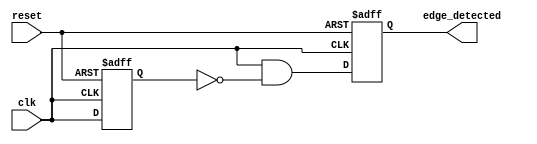
module edge_detector (
    input wire clk,          // Input signal to detect the rising edge
    input wire reset,        // Asynchronous reset signal
    output reg edge_detected  // Output signal indicating edge detection
);

    reg prev_state;          // Register to hold the previous state of the input signal

    // Asynchronous reset and edge detection logic
    always @(posedge clk or posedge reset) begin
        if (reset) begin
            prev_state <= 1'b0;    // Initialize previous state to 0 on reset
            edge_detected <= 1'b0;  // Initialize edge detected output to 0
        end else begin
            // Edge detection logic
            edge_detected <= (clk && !prev_state); // Detect rising edge
            prev_state <= clk;    // Update previous state with current input
        end
    end

endmodule